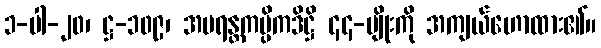
၁-ပါ-၂၀၊ ဋ္ဌ-၁၀၉၊ အပရန္တကပ္ပိကဒိဋ္ဌိ ၄၄-မျိုးကို အကျယ်ဟောထား၏။